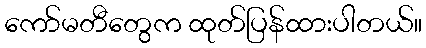
ကော်မတီတွေက ထုတ်ပြန်ထားပါတယ်။